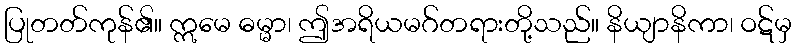
ပြုတတ်ကုန်၏။ ဣမေ ဓမ္မာ၊ ဤအရိယမဂ်တရားတို့သည်။ နိယျာနိကာ၊ ဝဋ်မှ